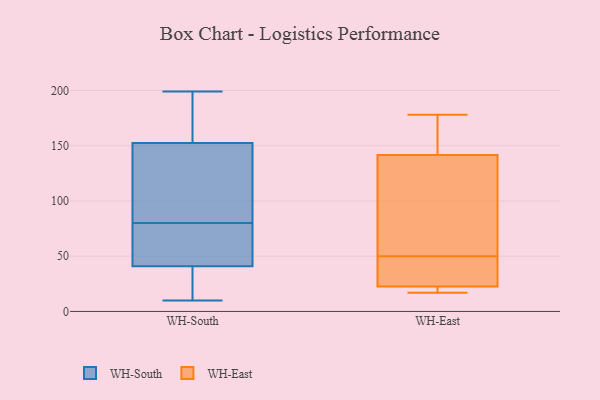
{"axis": {"x": "Operating Costs (USD K)", "y": "Value"}, "legend": ["WH-East", "WH-South"], "data": [{"x": "", "y": 93, "type": "WH-South"}, {"x": "", "y": 161, "type": "WH-South"}, {"x": "", "y": 82, "type": "WH-South"}, {"x": "", "y": 20, "type": "WH-South"}, {"x": "", "y": 18, "type": "WH-South"}, {"x": "", "y": 79, "type": "WH-South"}, {"x": "", "y": 33, "type": "WH-South"}, {"x": "", "y": 197, "type": "WH-South"}, {"x": "", "y": 191, "type": "WH-South"}, {"x": "", "y": 10, "type": "WH-South"}, {"x": "", "y": 65, "type": "WH-South"}, {"x": "", "y": 81, "type": "WH-South"}, {"x": "", "y": 28, "type": "WH-South"}, {"x": "", "y": 98, "type": "WH-South"}, {"x": "", "y": 49, "type": "WH-South"}, {"x": "", "y": 54, "type": "WH-South"}, {"x": "", "y": 186, "type": "WH-South"}, {"x": "", "y": 67, "type": "WH-South"}, {"x": "", "y": 199, "type": "WH-South"}, {"x": "", "y": 144, "type": "WH-South"}, {"x": "", "y": 22, "type": "WH-East"}, {"x": "", "y": 90, "type": "WH-East"}, {"x": "", "y": 178, "type": "WH-East"}, {"x": "", "y": 158, "type": "WH-East"}, {"x": "", "y": 56, "type": "WH-East"}, {"x": "", "y": 26, "type": "WH-East"}, {"x": "", "y": 116, "type": "WH-East"}, {"x": "", "y": 17, "type": "WH-East"}, {"x": "", "y": 30, "type": "WH-East"}, {"x": "", "y": 150, "type": "WH-East"}, {"x": "", "y": 21, "type": "WH-East"}, {"x": "", "y": 50, "type": "WH-East"}, {"x": "", "y": 24, "type": "WH-East"}, {"x": "", "y": 17, "type": "WH-East"}, {"x": "", "y": 167, "type": "WH-East"}]}